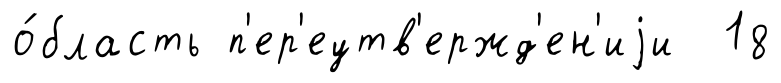
о́бласть п'ер'еутв'ержд'ен'иjи 18